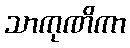
သာကုဏိကာ